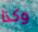
وكذا